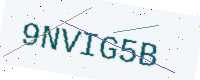
Text: 9NVIG5B